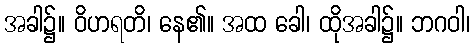
အခါ၌။ ဝိဟရတိ၊ နေ၏။ အထ ခေါ၊ ထိုအခါ၌။ ဘဂဝါ၊